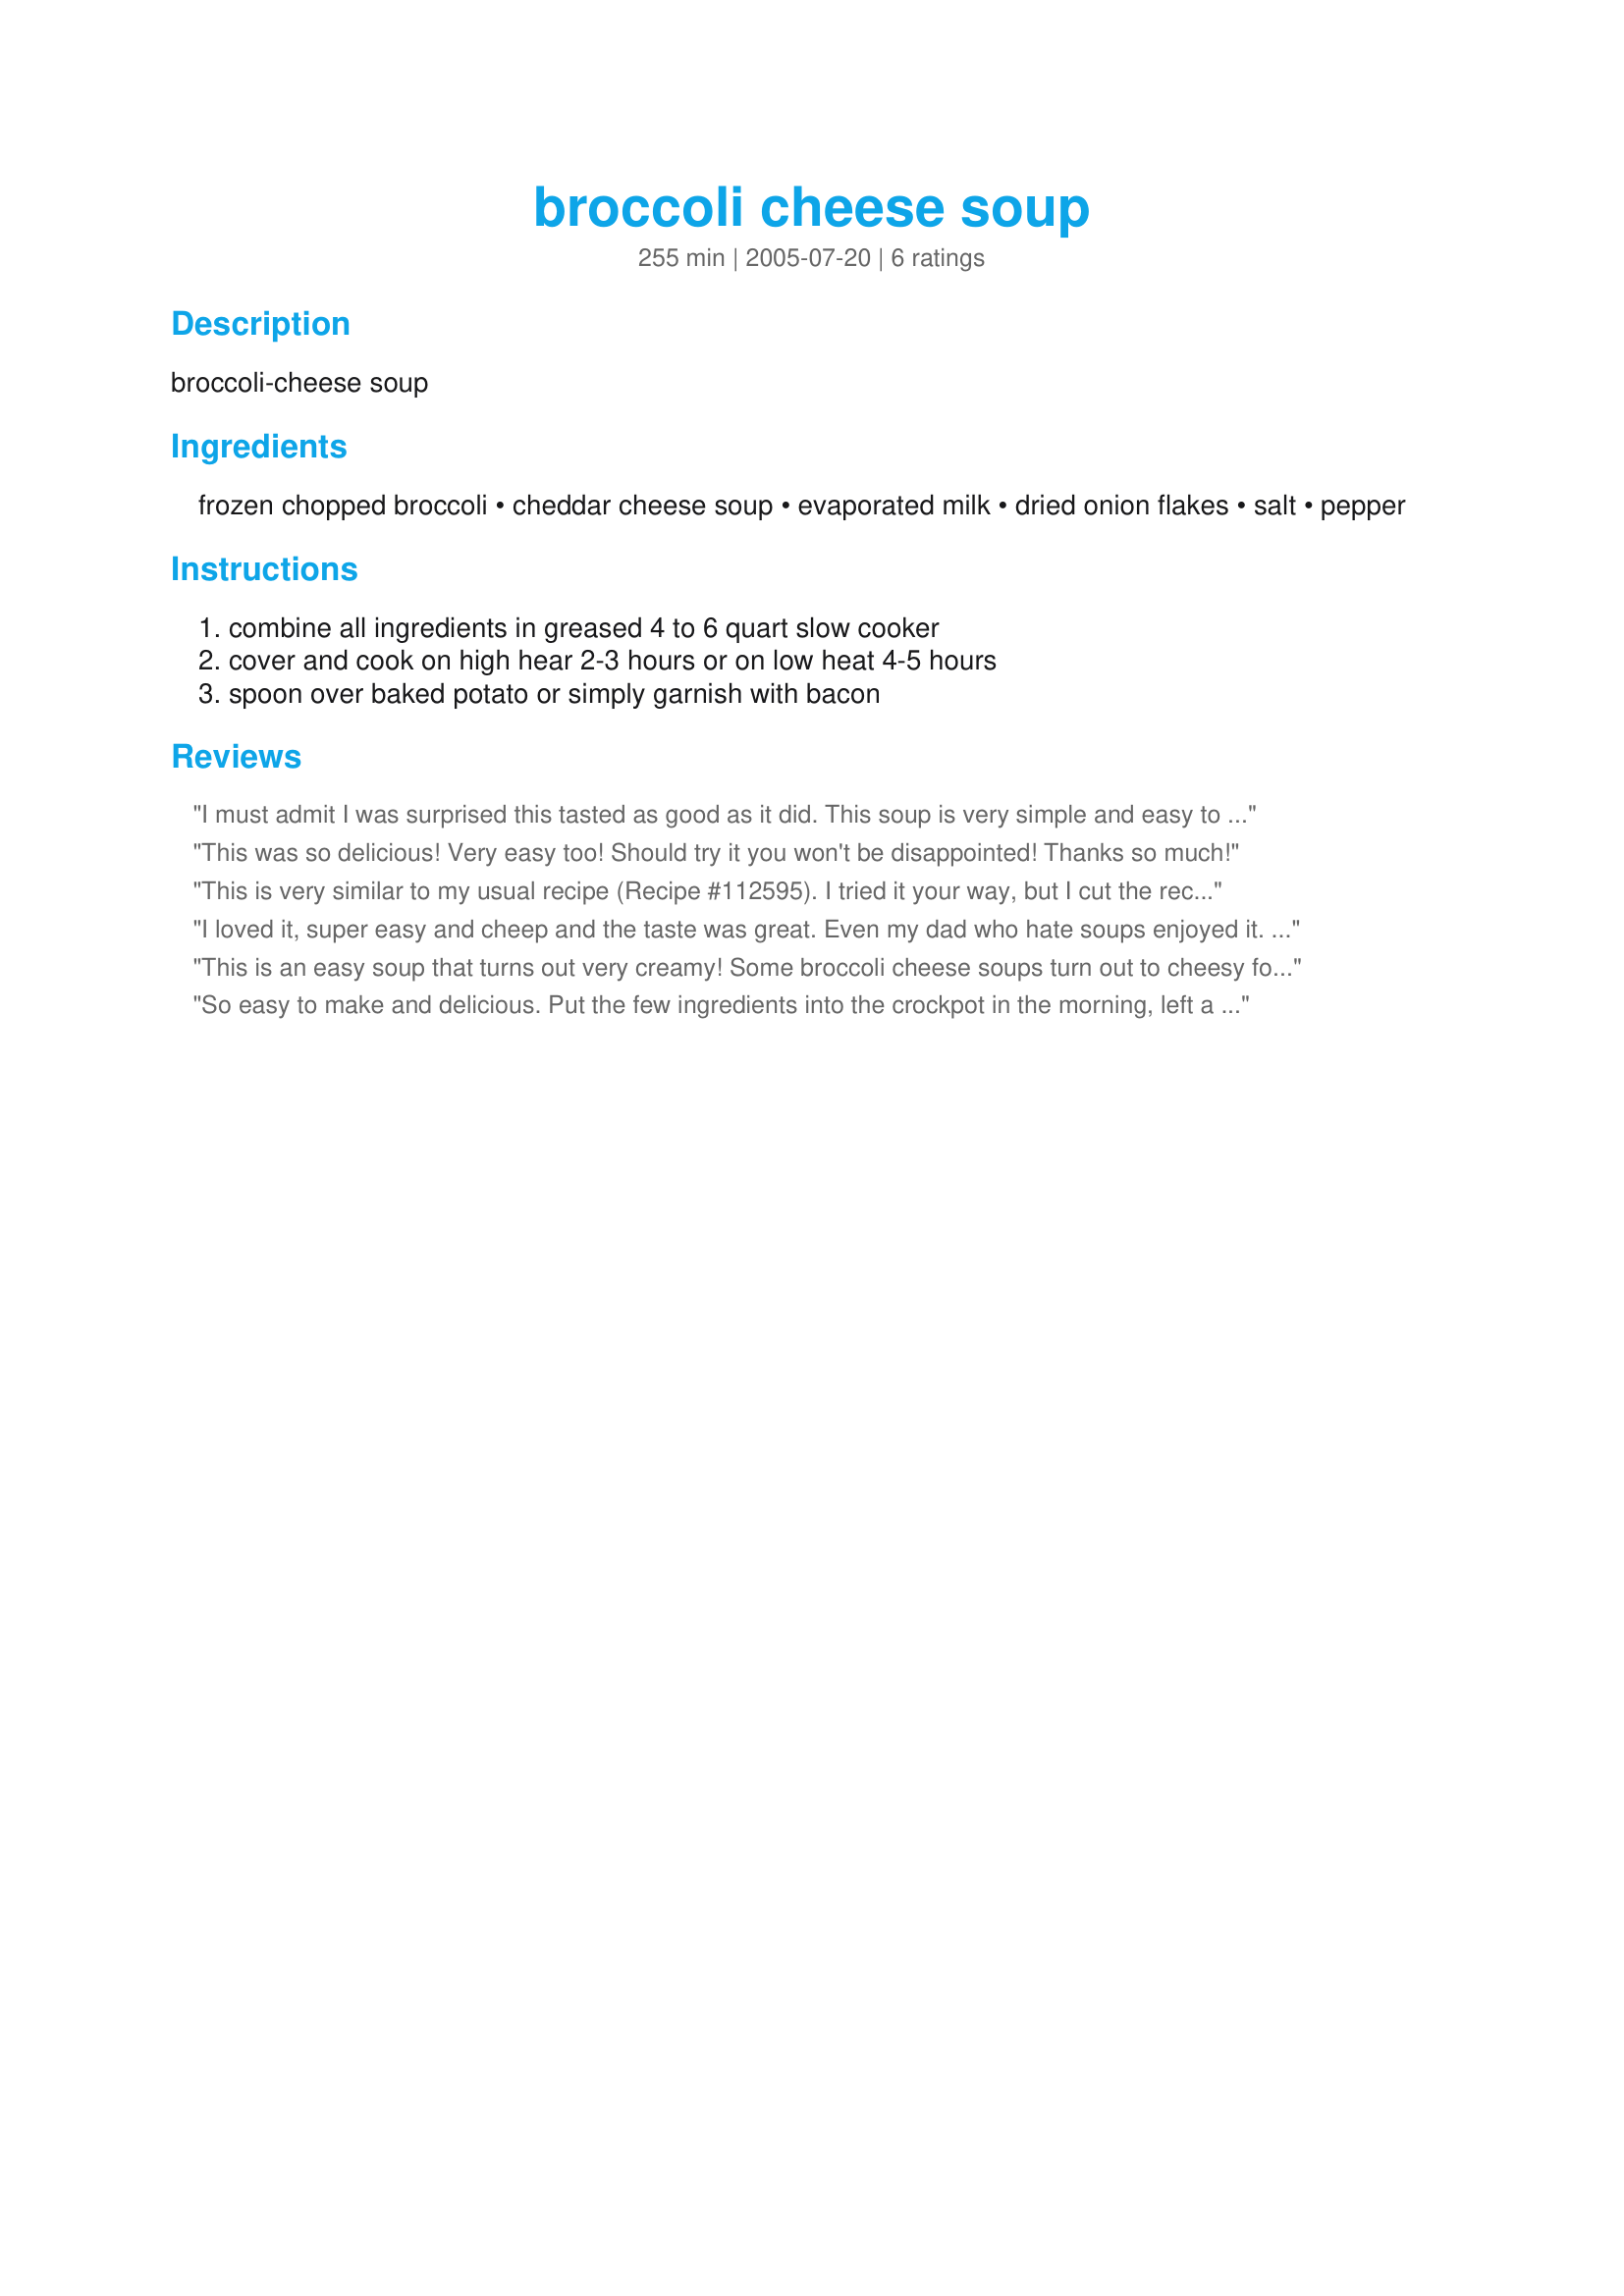
broccoli cheese soup
Preparation time: 255 minutes

broccoli-cheese soup

Ingredients:
frozen chopped broccoli, cheddar cheese soup, evaporated milk, dried onion flakes, salt, pepper

Steps:
combine all ingredients in greased 4 to 6 quart slow cooker, cover and cook on high hear 2-3 hours or on low heat 4-5 hours, spoon over baked potato or simply garnish with bacon

Reviews:
I must admit I was surprised this tasted as good as it did. This soup is very simple and easy to make. It has a great taste too. I put it all in the crockpot and cooked for three hours. I mashed up the brocolli once it was cooked as I don't like huge chunks of brocolli in my soup. I froze a bunch for lunches. Will be making again. Made for Fall PAC 2007.
This was so delicious! Very easy too! Should try it you won't be disappointed! Thanks so much!
This is very similar to my usual recipe (Recipe #112595). I tried it your way, but I cut the recipe in half, microwaved the broccoli, and simmered it on the stovetop so the whole thing was done in about fifteen minutes. I subbed skim milk for the evaporated, and added a dash of garlic powder. I garnished it with shredded cheddar. Quick, easy, and good- thanks for sharing!
I loved it, super easy and cheep and the taste was great. Even my dad who hate soups enjoyed it. I added a little garlic powder and was heavy on the pepper to give it a little more flavor. also dont over cook. I made it for a family dinner and everyone wanted the recipe. Thank you for sharing.
This is an easy soup that turns out very creamy! Some broccoli cheese soups turn out to cheesy for my taste but this is a perfect combination of broccoli and cheese. Thanks for posting!
So easy to make and delicious. Put the few ingredients into the crockpot in the morning, left a note for my daughter to plug it in around 11 am and VOILA...soup and fresh bread, thats whats for dinner!
